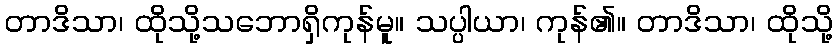
တာဒိသာ၊ ထိုသို့သဘောရှိကုန်မူ။ သပ္ပါယာ၊ ကုန်၏။ တာဒိသာ၊ ထိုသို့